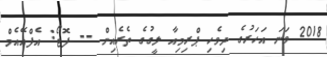
2018 ވަނަ އަހަރުގެ ދިވެހި ޕްރިމިއާ ލީގުގެ ތެރެއިން -- ފޮޓޯ: އެފްއޭއެމް